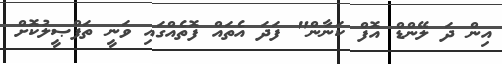
އިން ދަ ލޭންޑް އޮފް ކަނާން" ފަދަ އެތައް ފޮތެއްގައި ވަނީ ތަފްޞީލުކޮށް